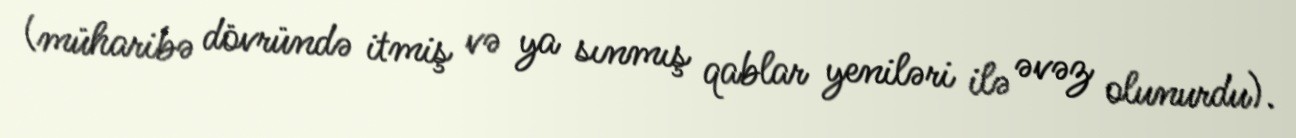
(müharibə dövründə itmiş və ya sınmış qablar yeniləri ilə əvəz olunurdu).